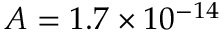
A = 1 . 7 \times 1 0 ^ { - 1 4 }